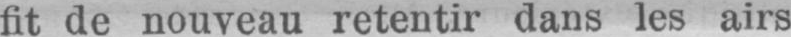
fit de nouveau retentir dans les airs